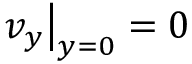
v _ { y } \big | _ { y = 0 } = 0